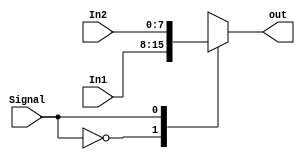
////////////////////////////////////////////////////////////////////////////////
// 2ECOM.023 - Laboratorio de Arquitetura e Organizacao de Computadores 1
// Modulo - Mux2to1.v
// Descricao - Multiplexador 2 entradas e 1 saida
//
// Entradas:
// In1 - Primeira entrada do mux
// In2 - Segunda entrada do mux
// Signal - Seletor de saida
//
// Saidas:
// out - Entrada determinada pelo sinal
//
// Funcionamento: A partir do sinal adqurido do controle, escolhe-se qual entrada
// ira sair
////////////////////////////////////////////////////////////////////////////////

module Mux2to1(In1, In2, Signal, out);
input [7:0] In1, In2; 
input Signal;
output reg [7:0] out;

always @(In1, In2, Signal)
	case (Signal)
		0: out <= In1;
		1: out <= In2;
		default: out <= In2;
	endcase
endmodule